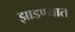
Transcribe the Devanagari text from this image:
झाडण्यात